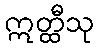
ဣတ္ထီသု